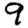
Digit: 9